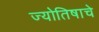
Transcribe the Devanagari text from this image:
ज्योतिषाचे